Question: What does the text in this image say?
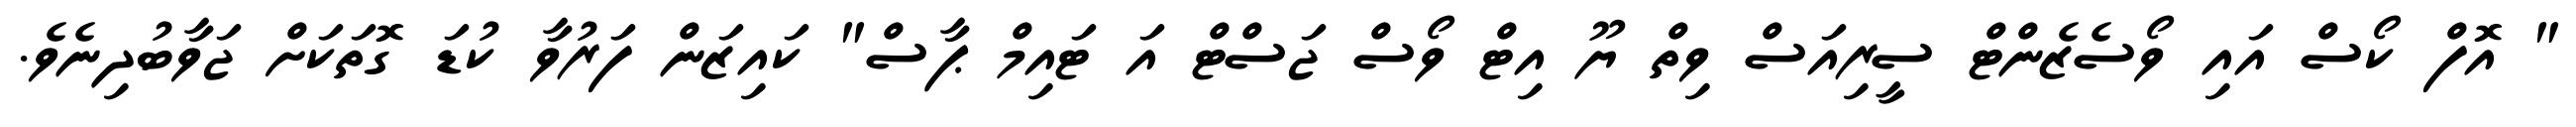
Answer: " އޮފް ކޯސް އައި ވޯސެޒެންޓް ސީރިއަސް ވިތް ޔޫ އިޓް ވޯސް ޖަސްޓް އަ ޓައިމް ޕާސް" ކައިޒަން ފަރުވާ ކުޑަ ގޮތަކަށް ޖަވާބުދިނެވެ.